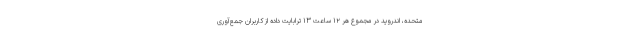
متحده، اندروید در مجموع هر ۱۲ ساعت ۱۳ ترابایت داده از کاربران جمع‌آوری